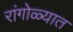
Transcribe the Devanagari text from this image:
रांगोळ्यात